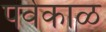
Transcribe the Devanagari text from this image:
पर्वकाळ